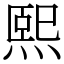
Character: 熙